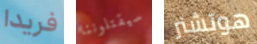
فريدا سيقتلوننا هوتشنر